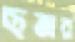
ছত্তার